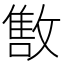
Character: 𱡠